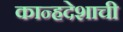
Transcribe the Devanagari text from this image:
कान्हदेशाची